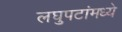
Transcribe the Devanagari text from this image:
लघुपटांमध्ये